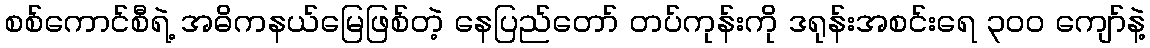
စစ်ကောင်စီရဲ့ အဓိကနယ်မြေဖြစ်တဲ့ နေပြည်တော် တပ်ကုန်းကို ဒရုန်းအစင်းရေ ၃၀၀ ကျော်နဲ့